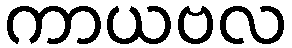
ကာယဗလ